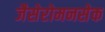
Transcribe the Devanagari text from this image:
जैसेरोमनसेक